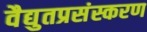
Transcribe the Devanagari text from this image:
वैद्युतप्रसंस्करण